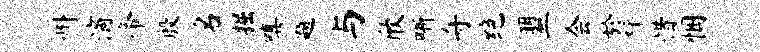
州滴帝殷名掘嗔题与欣晰舟绝盟会於枰惜悃